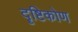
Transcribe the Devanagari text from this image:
दॄष्टिकोण